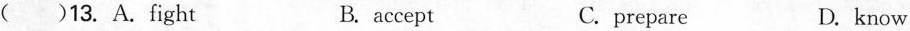
() 13.A.fight B.accept C.prepare D.know